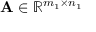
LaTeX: \mathbf { A } \in \mathbb { R } ^ { m _ { 1 } \times n _ { 1 } }